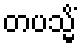
တပသ္မိံ